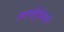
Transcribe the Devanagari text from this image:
ललतेंदुकेसरी